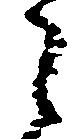
々